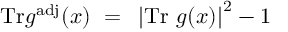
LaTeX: \mathrm { T r } g ^ { \mathrm { a d j } } ( x ) ~ = ~ \left| \mathrm { T r } ~ g ( x ) \right| ^ { 2 } - 1